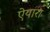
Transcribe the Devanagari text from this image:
ऐयारा